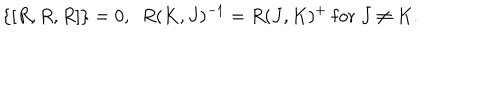
\{ [ R , R , R ] \} = 0 , \ \ R ( K , J ) ^ { - 1 } = R ( J , K ) ^ { + } \ \mathrm { f o r } \ J \neq K .